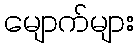
မျောက်များ